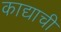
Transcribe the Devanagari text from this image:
काद्याची